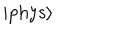
LaTeX: \left| \mathrm { p h y s } \right\rangle